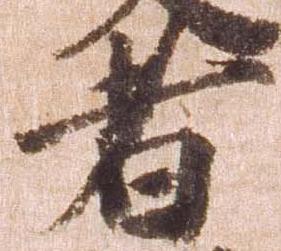
者